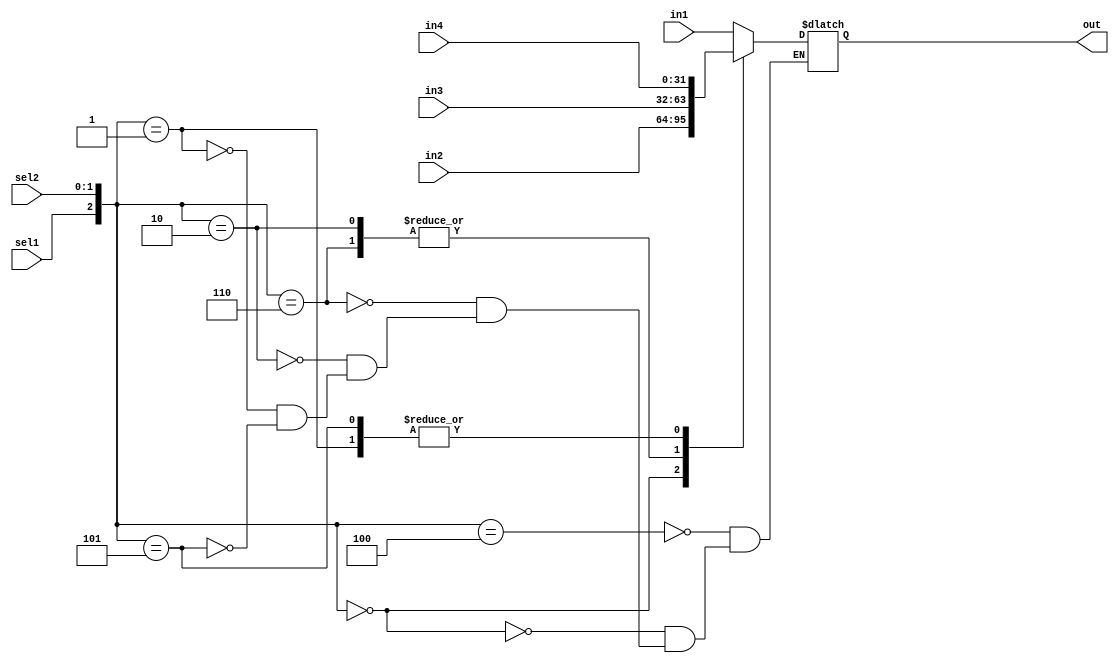
module mux41_2sel(out, sel1, sel2, in1, in2, in3, in4);
input [31:0] in1, in2, in3, in4;
input sel1;
input [1:0]sel2;
output reg [31:0] out;
wire [2:0] checkmux;
assign checkmux = {sel1,sel2};
always @(*)
begin
	case(checkmux)
	3'b100: 
	out = in1; //Pc or Imm
	3'b000:
	out = in2; //Reg
	3'b110:	
	out = in3; //DMEM
	3'b010:	
	out = in3; //DMEM
	3'b001:
	out = in4; //WB
	3'b101:
	out = in4; //WB
	endcase
end
endmodule